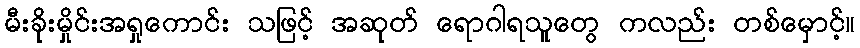
မီးခိုးမှိုင်းအရှုကောင်း သဖြင့် အဆုတ် ရောဂါရသူတွေ ကလည်း တစ်မှောင့်။